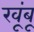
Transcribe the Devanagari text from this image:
खूंबू